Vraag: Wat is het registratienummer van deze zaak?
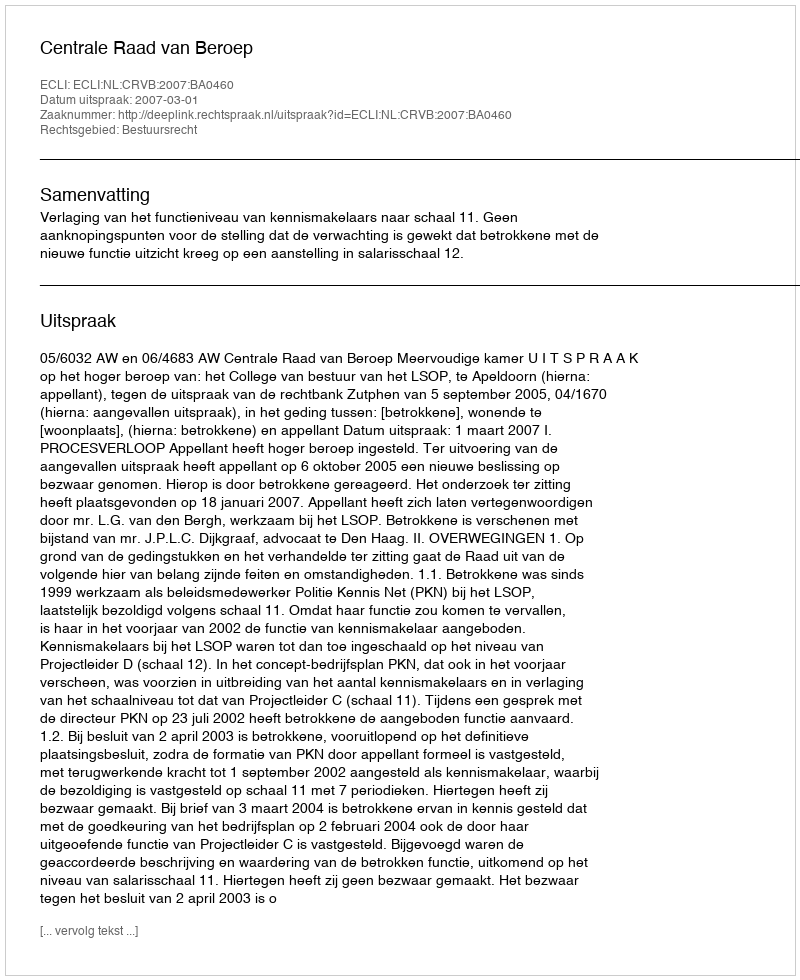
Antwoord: http://deeplink.rechtspraak.nl/uitspraak?id=ECLI:NL:CRVB:2007:BA0460